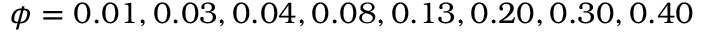
\phi = 0 . 0 1 , 0 . 0 3 , 0 . 0 4 , 0 . 0 8 , 0 . 1 3 , 0 . 2 0 , 0 . 3 0 , 0 . 4 0